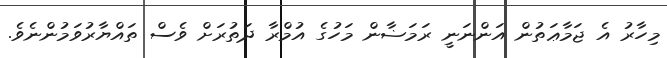
މިހާރު އެ ޖަމާޢަތުން އަންނަނީ ރަމަޟާން މަހުގެ އުމްރާ ދަތުރަށް ވެސް ތައްޔާރުވަމުންނެވެ.